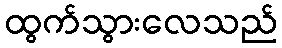
ထွက်သွားလေသည်